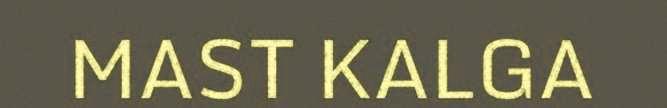
MAST KALGA